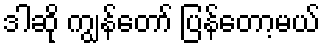
ဒါဆို ကျွန်တော် ပြန်တော့မယ်